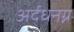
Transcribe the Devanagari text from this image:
अर्द्धनग्न